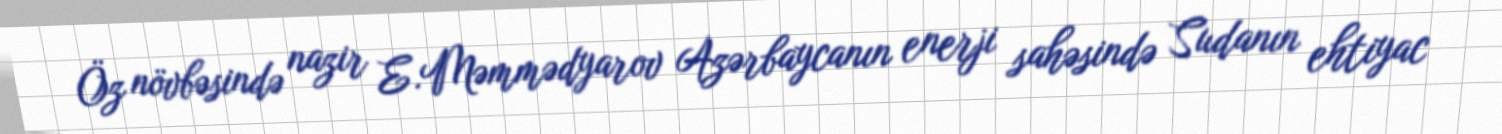
Öz növbəsində nazir E.Məmmədyarov Azərbaycanın enerji sahəsində Sudanın ehtiyac